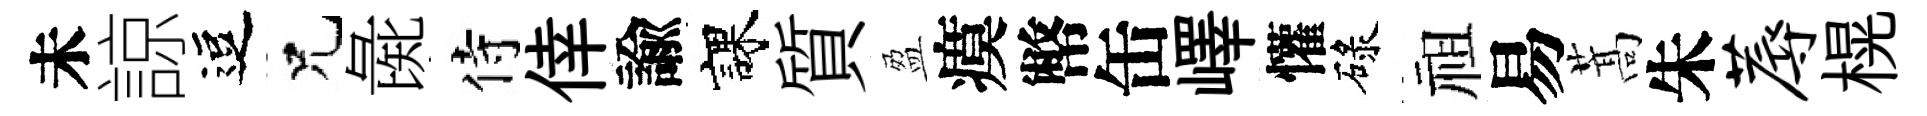
未諒逗兄彘侍倖諭課質盈瘼幣缶嶧懽碌祖易蒿朱蓐榥